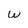
Character: w